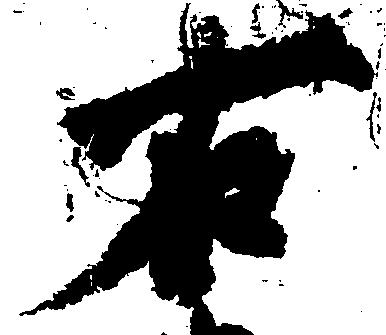
右